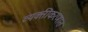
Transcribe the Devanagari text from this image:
व्यक्तीकरणात